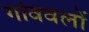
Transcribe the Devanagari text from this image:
गांववलों